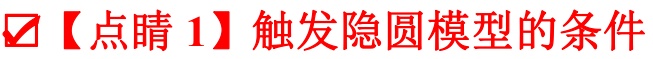
✔【点睛 1】触发隐圆模型的条件